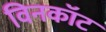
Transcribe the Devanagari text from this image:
विनकॉट